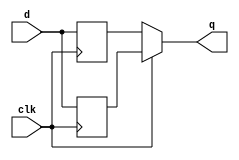
module top_module (
    input clk,
    input d,
    output q
);
    reg q1, q2;
    assign q = clk?q1:q2;
    always @(posedge clk) begin
        q1 <= d;
    end
    always @(negedge clk) begin
        q2 <= d;
    end
endmodule